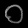
Digit: ၀